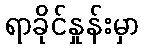
ရာခိုင်နှုန်းမှာ